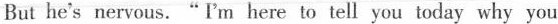
But he's nervous. "I'm here to tell you today why you